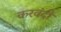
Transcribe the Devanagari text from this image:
करवंदी